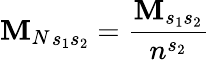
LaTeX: {\mathbf{M}_{N}}_{s_{1}s_{2}}=\frac{{\mathbf{M}_{s_{1}s_{2}}}}{{n^{s_{2}}}}